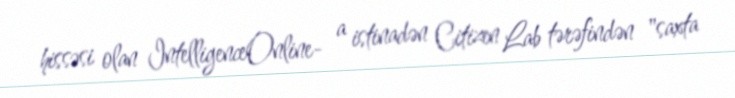
hissəsi olan IntelligenceOnline- a istinadən Citizen Lab tərəfindən "saxta